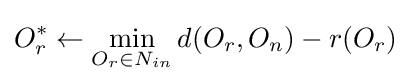
O_{r}^{*}\gets \min _{O_{r}\in N_{in}}d(O_{r},O_{n})-r(O_{r})